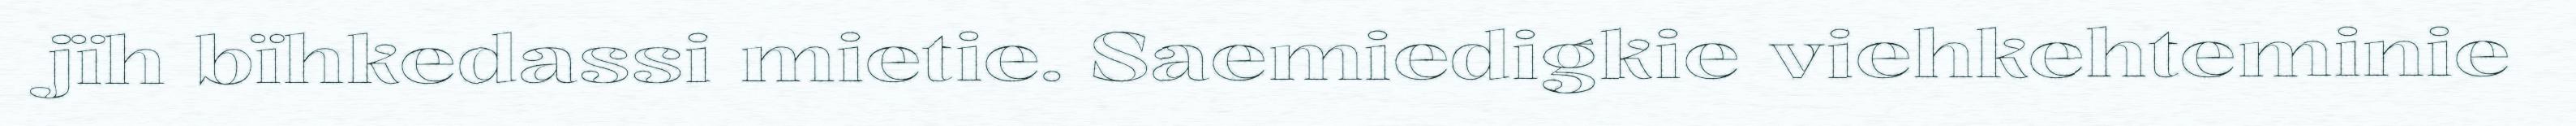
jïh bïhkedassi mietie. Saemiedigkie viehkehteminie